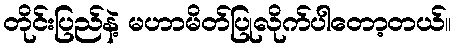
တိုင်းပြည်နဲ့ မဟာမိတ်ပြုလိုက်ပါတော့တယ်။